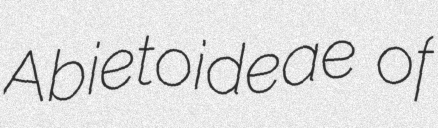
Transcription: Abietoideae of